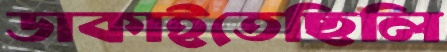
ডাকাইতেছিলি